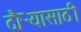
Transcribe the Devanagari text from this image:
दौऱ्यासाठी